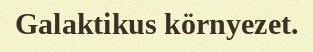
Galaktikus környezet.